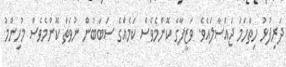
ދަރިފުޅު ހިތްހަމަ ޖައްސާލައެވެ. ވަޒީފާގެ ކޮންމެވެސް ކަމެއްގެ ސަބަބުން ނުވަތަ ކޮންމެވެސް މުހިންމު